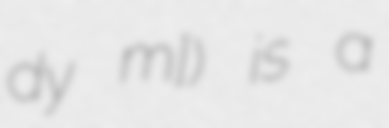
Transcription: dy mɔ̃]) is a